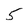
Character: 5